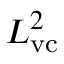
L _ { \mathrm { v c } } ^ { 2 }